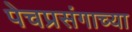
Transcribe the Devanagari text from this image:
पेचप्रसंगाच्या